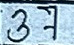
37